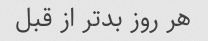
هر روز بدتر از قبل